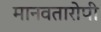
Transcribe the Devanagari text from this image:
मानवतारोपी